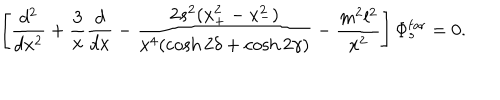
LaTeX: \left[ { \frac { d ^ { 2 } } { d x ^ { 2 } } } + { \frac { 3 } { x } } { \frac { d } { d x } } - { \frac { 2 s ^ { 2 } ( x _ { + } ^ { 2 } - x _ { - } ^ { 2 } ) } { x ^ { 4 } ( \cosh 2 \delta + \cosh 2 \gamma ) } } - { \frac { m ^ { 2 } l ^ { 2 } } { x ^ { 2 } } } \right] \Phi _ { s } ^ { \mathrm { f a r } } = 0 .